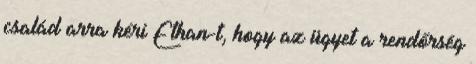
család arra kéri Ethan-t, hogy az ügyet a rendőrség